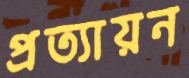
প্রত্যায়ন